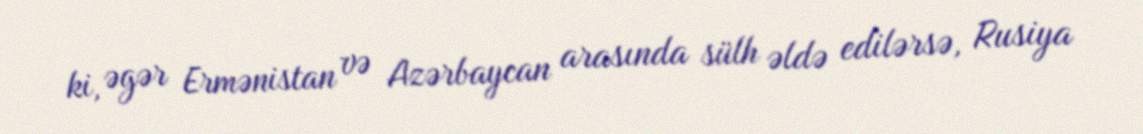
ki, əgər Ermənistan və Azərbaycan arasında sülh əldə edilərsə, Rusiya